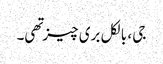
جی ، بالکل بری چیز تهی۔